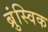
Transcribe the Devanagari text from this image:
ब्रुंस्विक